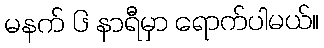
မနက် ၆ နာရီမှာ ရောက်ပါမယ်။